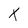
Character: X